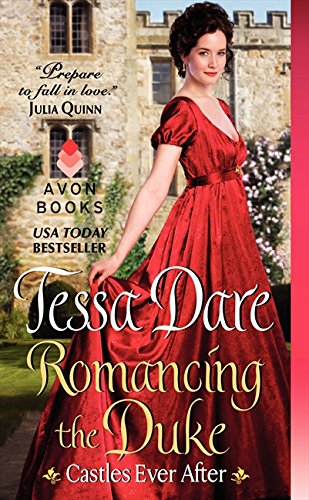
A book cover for Romancing the Duke: Castles Ever After; Tessa Dare; Romance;